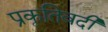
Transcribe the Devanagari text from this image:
प्रकृतिवदी